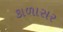
કાળાસર